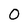
Character: 0